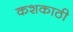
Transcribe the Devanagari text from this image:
कशकाठी